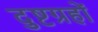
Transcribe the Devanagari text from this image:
दुष्टग्रहों